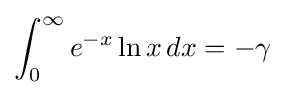
\int _{0}^{\infty }e^{-x}\ln x\,dx=-\gamma